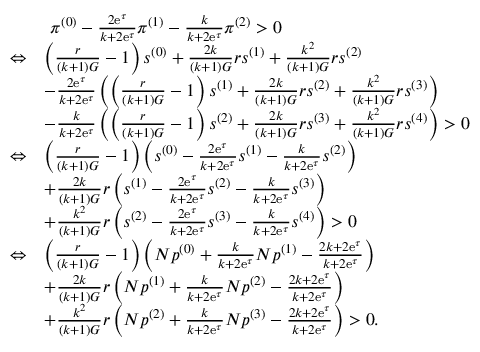
\begin{array} { r l } & { ~ \pi ^ { ( 0 ) } - \frac { 2 \mathrm { e } ^ { \tau } } { k + 2 \mathrm { e } ^ { \tau } } \pi ^ { ( 1 ) } - \frac { k } { k + 2 \mathrm { e } ^ { \tau } } \pi ^ { ( 2 ) } > 0 } \\ { \Leftrightarrow } & { \left( \frac { r } { ( k + 1 ) G } - 1 \right) s ^ { ( 0 ) } + \frac { 2 k } { ( k + 1 ) G } r s ^ { ( 1 ) } + \frac { k ^ { 2 } } { ( k + 1 ) G } r s ^ { ( 2 ) } } \\ & { - \frac { 2 \mathrm { e } ^ { \tau } } { k + 2 \mathrm { e } ^ { \tau } } \left( \left( \frac { r } { ( k + 1 ) G } - 1 \right) s ^ { ( 1 ) } + \frac { 2 k } { ( k + 1 ) G } r s ^ { ( 2 ) } + \frac { k ^ { 2 } } { ( k + 1 ) G } r s ^ { ( 3 ) } \right) } \\ & { - \frac { k } { k + 2 \mathrm { e } ^ { \tau } } \left( \left( \frac { r } { ( k + 1 ) G } - 1 \right) s ^ { ( 2 ) } + \frac { 2 k } { ( k + 1 ) G } r s ^ { ( 3 ) } + \frac { k ^ { 2 } } { ( k + 1 ) G } r s ^ { ( 4 ) } \right) > 0 } \\ { \Leftrightarrow } & { \left( \frac { r } { ( k + 1 ) G } - 1 \right) \left( s ^ { ( 0 ) } - \frac { 2 \mathrm { e } ^ { \tau } } { k + 2 \mathrm { e } ^ { \tau } } s ^ { ( 1 ) } - \frac { k } { k + 2 \mathrm { e } ^ { \tau } } s ^ { ( 2 ) } \right) } \\ & { + \frac { 2 k } { ( k + 1 ) G } r \left( s ^ { ( 1 ) } - \frac { 2 \mathrm { e } ^ { \tau } } { k + 2 \mathrm { e } ^ { \tau } } s ^ { ( 2 ) } - \frac { k } { k + 2 \mathrm { e } ^ { \tau } } s ^ { ( 3 ) } \right) } \\ & { + \frac { k ^ { 2 } } { ( k + 1 ) G } r \left( s ^ { ( 2 ) } - \frac { 2 \mathrm { e } ^ { \tau } } { k + 2 \mathrm { e } ^ { \tau } } s ^ { ( 3 ) } - \frac { k } { k + 2 \mathrm { e } ^ { \tau } } s ^ { ( 4 ) } \right) > 0 } \\ { \Leftrightarrow } & { \left( \frac { r } { ( k + 1 ) G } - 1 \right) \left( N p ^ { ( 0 ) } + \frac { k } { k + 2 \mathrm { e } ^ { \tau } } N p ^ { ( 1 ) } - \frac { 2 k + 2 \mathrm { e } ^ { \tau } } { k + 2 \mathrm { e } ^ { \tau } } \right) } \\ & { + \frac { 2 k } { ( k + 1 ) G } r \left( N p ^ { ( 1 ) } + \frac { k } { k + 2 \mathrm { e } ^ { \tau } } N p ^ { ( 2 ) } - \frac { 2 k + 2 \mathrm { e } ^ { \tau } } { k + 2 \mathrm { e } ^ { \tau } } \right) } \\ & { + \frac { k ^ { 2 } } { ( k + 1 ) G } r \left( N p ^ { ( 2 ) } + \frac { k } { k + 2 \mathrm { e } ^ { \tau } } N p ^ { ( 3 ) } - \frac { 2 k + 2 \mathrm { e } ^ { \tau } } { k + 2 \mathrm { e } ^ { \tau } } \right) > 0 . } \end{array}